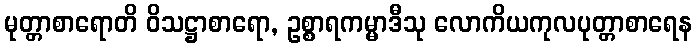
မုတ္တာစာရောတိ ဝိသဋ္ဌာစာရော, ဥစ္စာရကမ္မာဒီသု လောကိယကုလပုတ္တာစာရေန